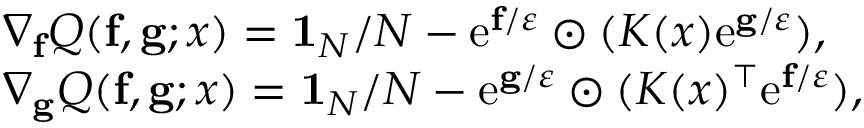
\begin{array} { r l } & { \nabla _ { \bf f } Q ( { \bf f } , { \bf g } ; x ) = { \bf 1 } _ { N } / N - \mathrm { e } ^ { { \bf f } / \varepsilon } \odot ( { \boldsymbol K } ( x ) \mathrm { e } ^ { { \bf g } / \varepsilon } ) , } \\ & { \nabla _ { \bf g } Q ( { \bf f } , { \bf g } ; x ) = { \bf 1 } _ { N } / N - \mathrm { e } ^ { { \bf g } / \varepsilon } \odot ( { \boldsymbol K } ( x ) ^ { \top } \mathrm { e } ^ { { \bf f } / \varepsilon } ) , } \end{array}